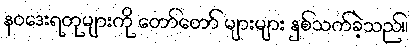
နဝဒေးရတုများကို တော်တော် များများ နှစ်သက်ခဲ့သည်။